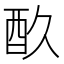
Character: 𮠘